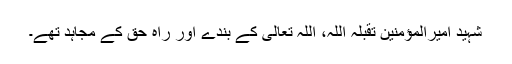
شہید امیرالمؤمنین تقبلہ اللہ، اللہ تعالی کے بندے اور راہ حق کے مجاہد تھے۔